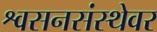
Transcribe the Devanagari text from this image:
श्वसनसंस्थेवर